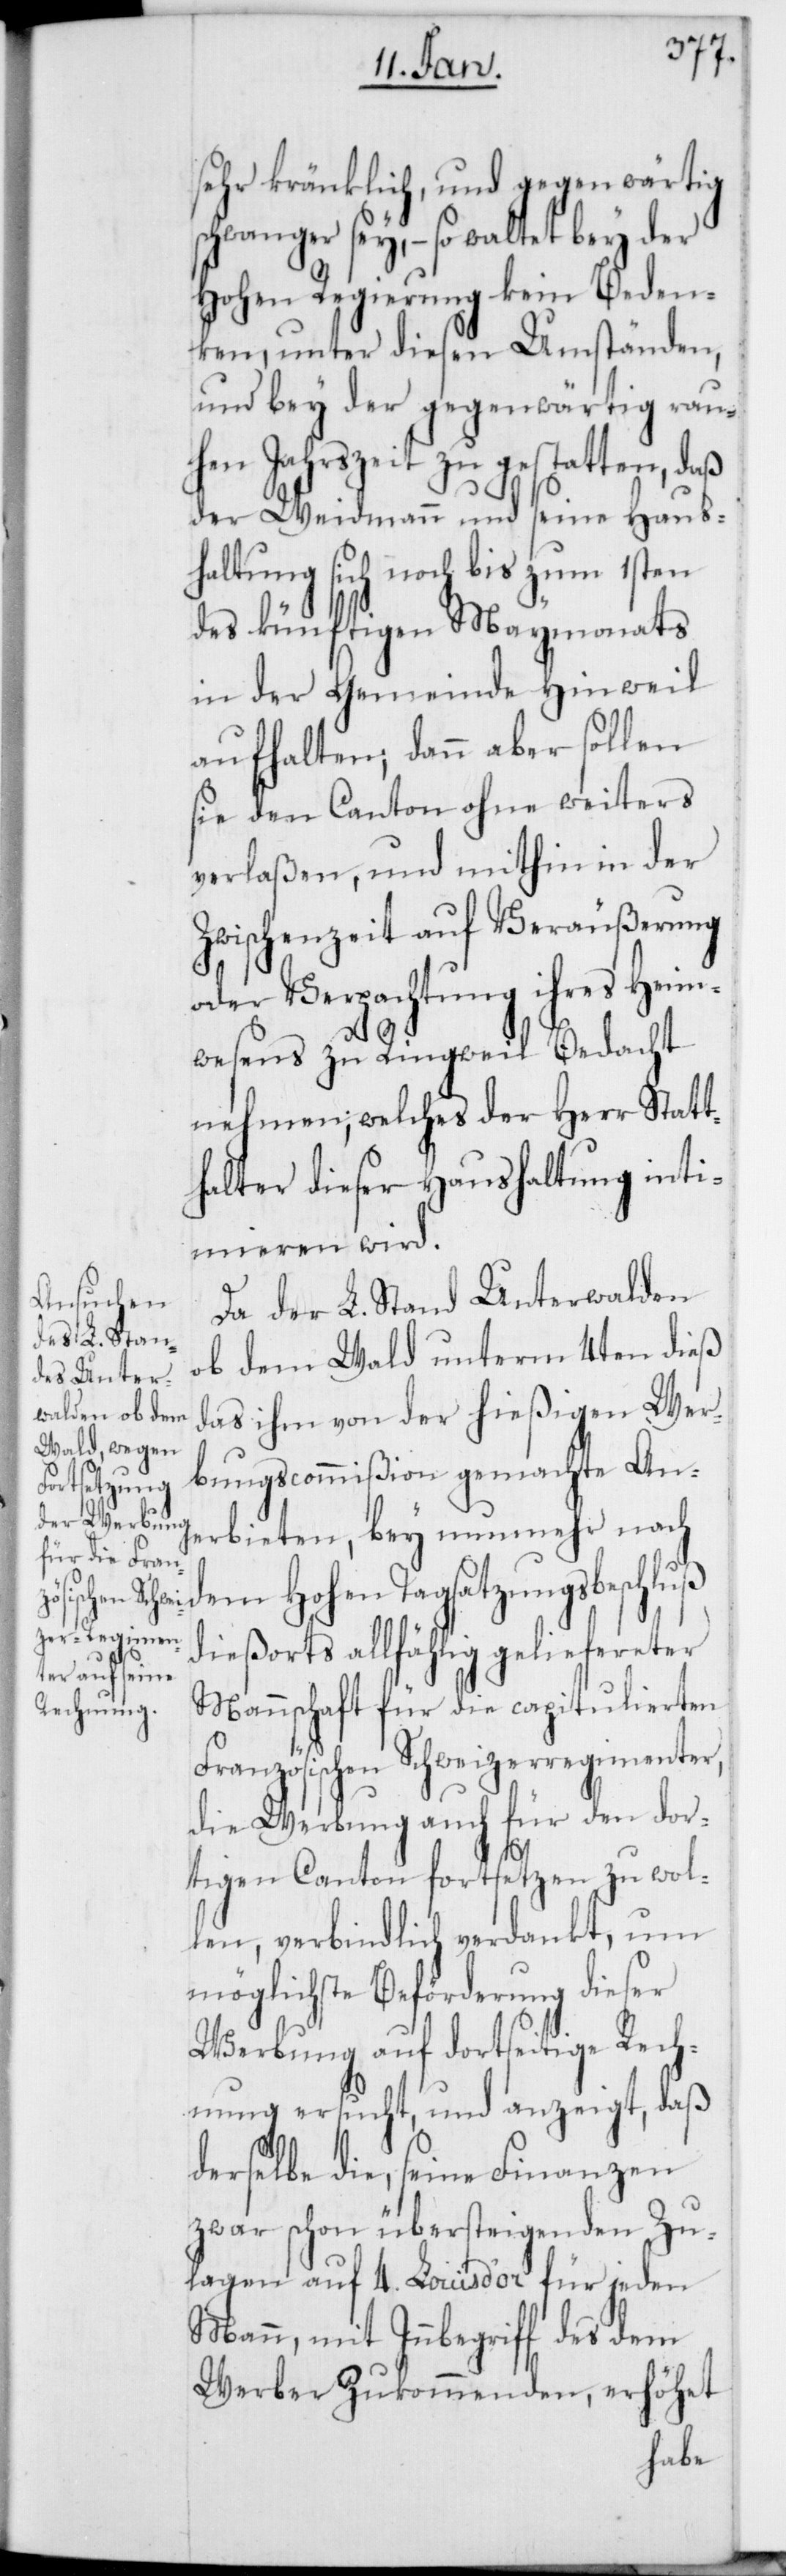
sehr kränklich, und gegenwärtig
schwanger sey, – so waltet bey der
Hohen Regierung kein Beden¬
ken, unter diesen Umständen,
und bey der gegenwärtig rau¬
hen Jahrszeit zu gestatten, daß
der Weidmann und seine Haus¬
haltung sich noch bis zum 1sten
des künftigen Maymonats
in der Gemeinde Hinweil
aufhalten; dann aber sollen
sie den Canton ohne weiters
verlaßen, und mithin in der
Zwischenzeit auf Veräußerung
oder Verpachtung ihres Heim¬
wesens zu Ringweil Bedacht
nehmen, welches der Herr Statt¬
halter dieser Haushaltung inti¬
mieren wird.
Da der L. Stand Unterwalden
ob dem Wald unterm 4ten dieß
das ihm von der hießigen Wer¬
bungscommißion gemachte An¬
erbieten, bey nunmehr nach
dem Hohen Tagsatzungsbeschluß
dießorts allfählig geliefereter
Mannschaft für die capitulierten
Französischen Schweizerregimenter,
die Werbung auch für den dor¬
tigen Canton fortsetzen zu wol¬
len, verbindlich verdankt, um
möglichste Beförderung dieser
Werbung auf dortseitige Rech¬
nung ersucht, und anzeigt, daß
derselbe die, seine Finanzen
zwar schon übersteigenden Zu¬
lagen auf 4. Louis d’or für jeden
Mann, mit Innbegriff des dem
Werber Zukommenden, erhöhet